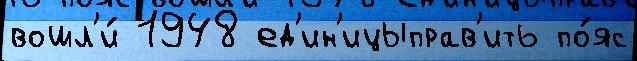
вошл'и́ 1948 ед'ин'ицыправ'ить по́яс